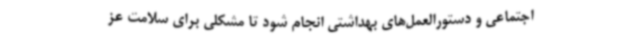
اجتماعی و دستورالعمل‌های بهداشتی انجام شود تا مشکلی برای سلامت عز